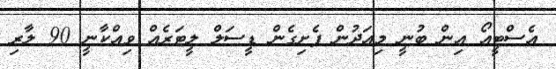
އެސްޓީއޯ އިން ބުނީ މިއަދުން ފެށިގެން ޑީސަލް ލީޓަރެއް ވިއްކާނީ 90 ލާރި